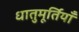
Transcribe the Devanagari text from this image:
धातुमूर्तियाँ